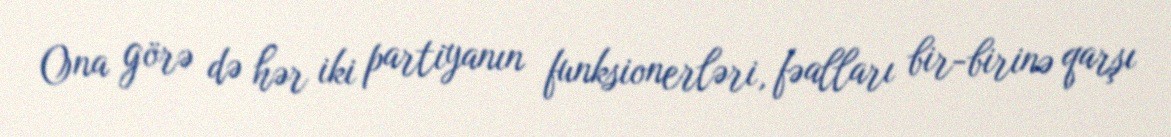
Ona görə də hər iki partiyanın funksionerləri, fəalları bir-birinə qarşı